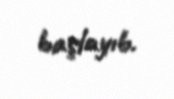
başlayıb.